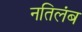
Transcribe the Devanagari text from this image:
नतिलंब